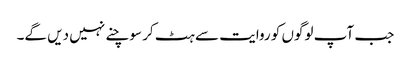
جب آپ لوگوں کو روایت سے ہٹ کر سوچنے نہیں دیں گے۔